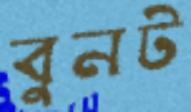
বুনট